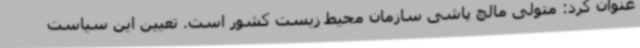
عنوان کرد: متولی مالچ پاشی سازمان محیط زیست کشور است. تعیین این سیاست